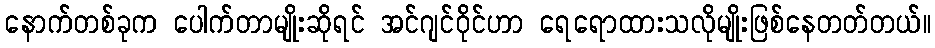
နောက်တစ်ခုက ပေါက်တာမျိုးဆိုရင် အင်ဂျင်ဝိုင်ဟာ ရေရောထားသလိုမျိုးဖြစ်နေတတ်တယ်။